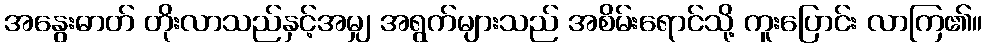
အနွေးဓာတ် တိုးလာသည်နှင့်အမျှ အရွက်များသည် အစိမ်းရောင်သို့ ကူးပြောင်း လာကြ၏။